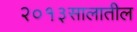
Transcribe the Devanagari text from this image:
२०१३सालातील